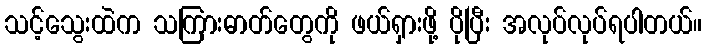
သင့်သွေးထဲက သကြားဓာတ်တွေကို ဖယ်ရှားဖို့ ပိုပြီး အလုပ်လုပ်ရပါတယ်။